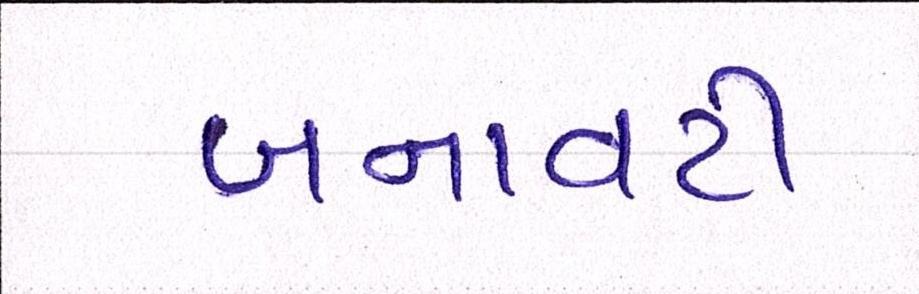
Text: બનાવટી